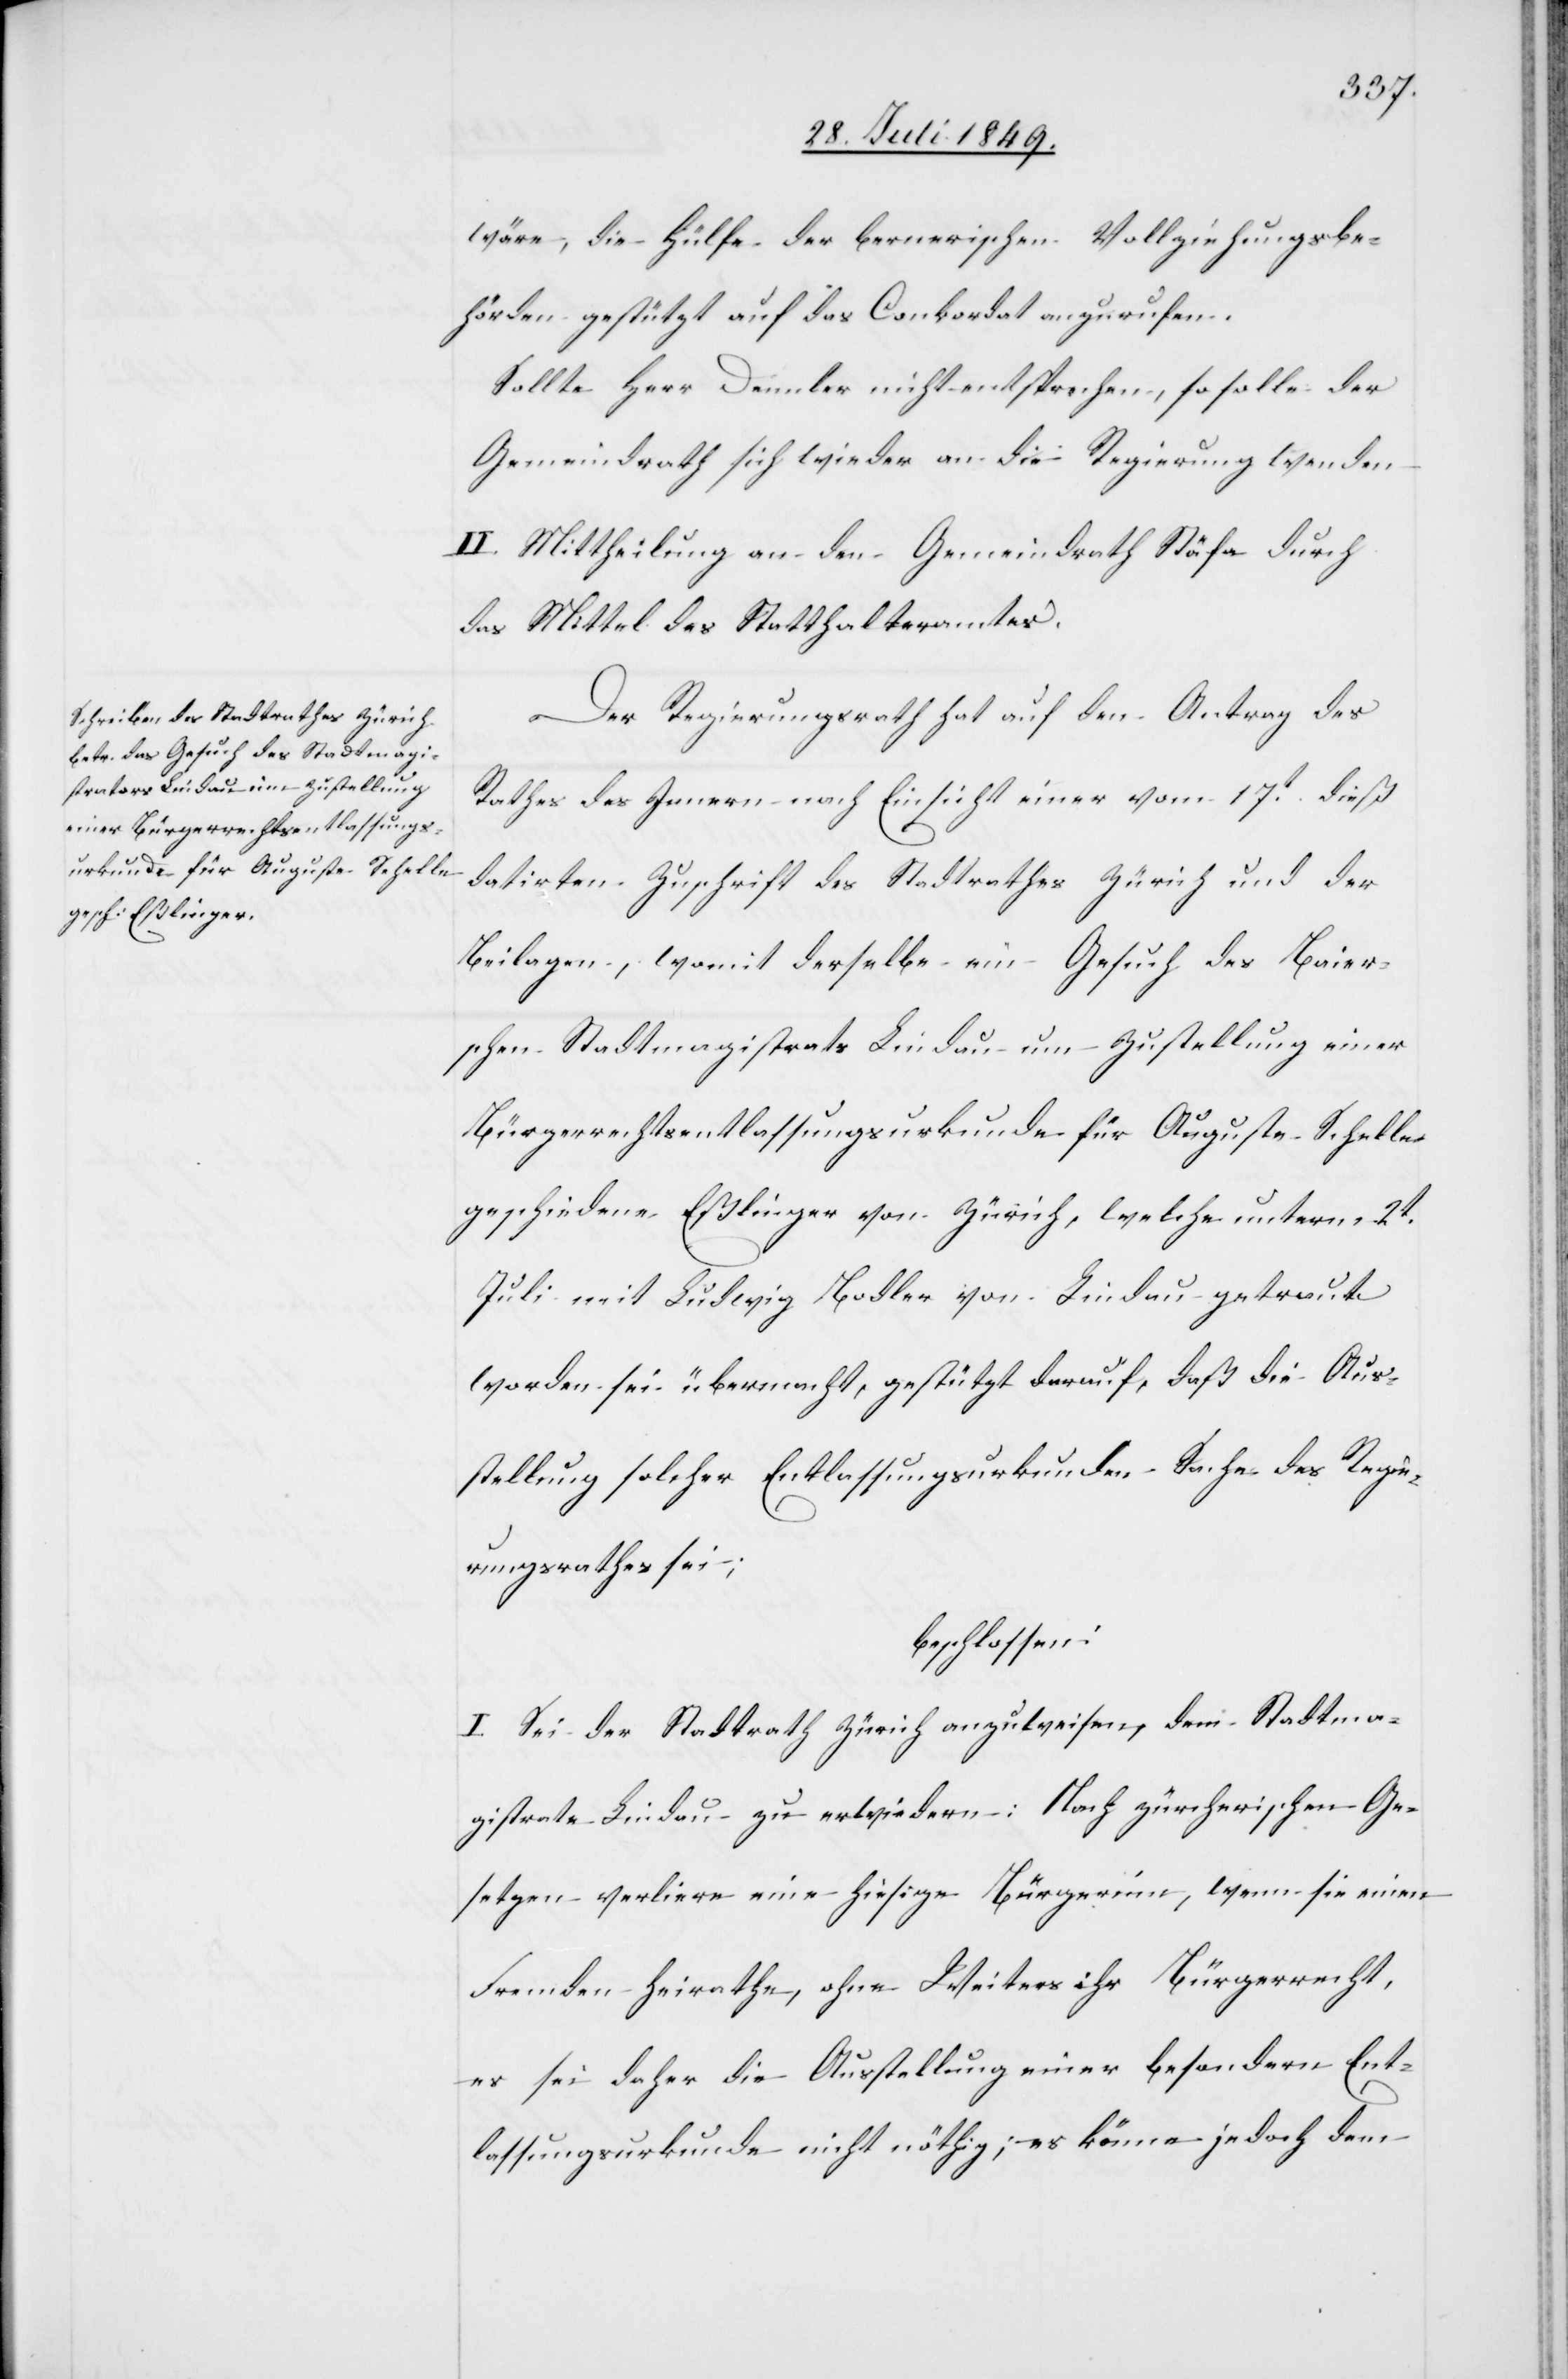
wäre, die Hülfe der bernerischen Vollziehungsbe¬
hörden gestützt auf das Conkordat anzurufen.
Sollte Herr Dennler nicht entsprechen, so solle der
Gemeindrath sich wieder an die Regierung wenden.
II. Mittheilung an den Gemeindrath Stäfa durch
das Mittel des Statthalteramtes.
Der Regierungsrath hat auf den Antrag des
Rathes des Innern nach Einsicht einer vom 17t dieß
datirten Zuschrift des Stadtrathes Zürich und der
Beilagen, womit derselbe ein Gesuch des Baier¬
schen Stadtmagistrats Lindau um Zustellung einer
Bürgerrechtsentlassungsurkunde für Auguste Scheller
geschiedene Eßlinger von Zürich, welche unterm 2t
Juli mit Ludwig Bodler von Lindau getraut
worden sei übermacht, gestützt darauf, daß die Aus¬
stellung solcher Entlassungsurkunden Sache des Regie¬
rungsrathes sei;
beschlossen:
I. Sei der Stadtrath Zürich anzuweisen, dem Stadtma¬
gistrate Lindau zu erwiedern: Nach zürcherischen Ge¬
setzen verliere eine hiesige Bürgerinn, wenn sie einen
Fremden heirathe, ohne Weiters ihr Bürgerrecht,
es sei daher die Ausstellung einer besondern Ent¬
lassungsurkunde nicht nöthig; es könne jedoch dem